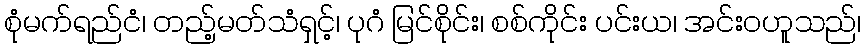
စုံမက်ရည်ငံ၊ တည့်မတ်သံရှင့်၊ ပုဂံ မြင်စိုင်း၊ စစ်ကိုင်း ပင်းယ၊ အင်းဝဟူသည်၊